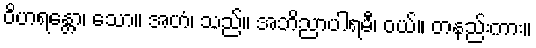
ဝိဟရန္တော၊ သော။ အဟံ၊ သည်။ အဘိညာပါရမီ၊ ဝယ်။ တနည်းကား။